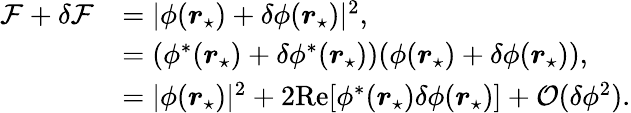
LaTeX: \begin{array}{rl}{\mathcal{F}+\delta\mathcal{F}}&{=|\phi(\boldsymbol{r}_{\star})+\delta\phi(\boldsymbol{r}_{\star})|^{2},}\\ &{=(\phi^{*}(\boldsymbol{r}_{\star})+\delta\phi^{*}(\boldsymbol{r}_{\star}))(\phi(\boldsymbol{r}_{\star})+\delta\phi(\boldsymbol{r}_{\star})),}\\ &{=|\phi(\boldsymbol{r}_{\star})|^{2}+2\mathrm{Re}[\phi^{*}(\boldsymbol{r}_{\star})\delta\phi(\boldsymbol{r}_{\star})]+\mathcal{O}(\delta\phi^{2}).}\end{array}